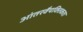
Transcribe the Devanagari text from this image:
आंतरवैयक्तिकता